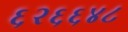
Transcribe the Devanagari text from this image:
६२६६४८